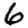
Digit: 6